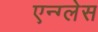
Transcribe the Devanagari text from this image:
एन्ग्लेस